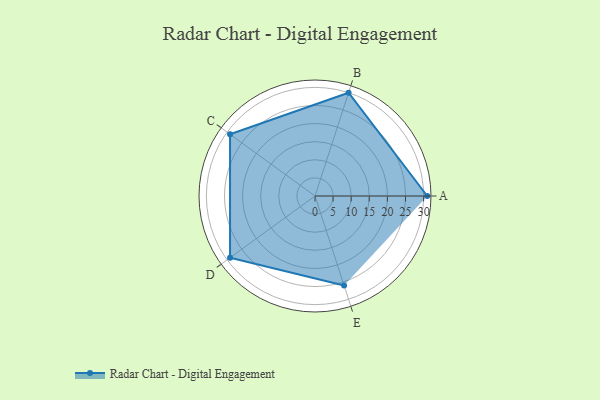
{"axis": {"x": "Skill", "y": "Score"}, "legend": ["Profile"], "data": [{"x": "A", "y": 31.0, "type": "Profile"}, {"x": "B", "y": 30.0, "type": "Profile"}, {"x": "C", "y": 29.0, "type": "Profile"}, {"x": "D", "y": 29.0, "type": "Profile"}, {"x": "E", "y": 26.0, "type": "Profile"}]}